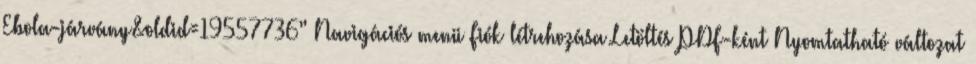
Ebola-járvány&oldid=19557736” Navigációs menü Fiók létrehozása Letöltés PDF-ként Nyomtatható változat